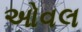
ઓવલ